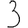
Digit: 3